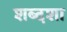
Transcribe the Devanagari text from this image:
शब्दशा